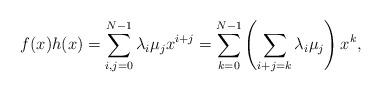
LaTeX: \begin{align*}f(x)h(x)=\sum_{i,j=0}^{N-1}\lambda_{i}\mu_{j}x^{i+j}=\sum_{k=0}^{N-1}\left (\sum_{i+j=k}\lambda_{i}\mu_{j}\right )x^{k},\end{align*}